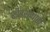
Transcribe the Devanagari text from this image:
शीतसंग्राही